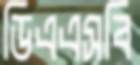
ডিএএসবি